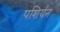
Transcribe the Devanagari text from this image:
पशिर्यन